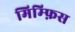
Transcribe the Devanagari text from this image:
मिम्फ़िस